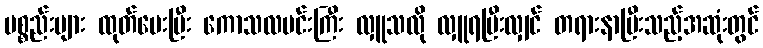
ပစ္စည်းများ ထုတ်ပေးပြီး ကောသလမင်းကြီး လှူသလို လှူရပြီးလျှင် တရားနာပြီးသည့်အဆုံးတွင်